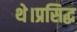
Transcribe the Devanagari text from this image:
थे।प्रसिद्ध